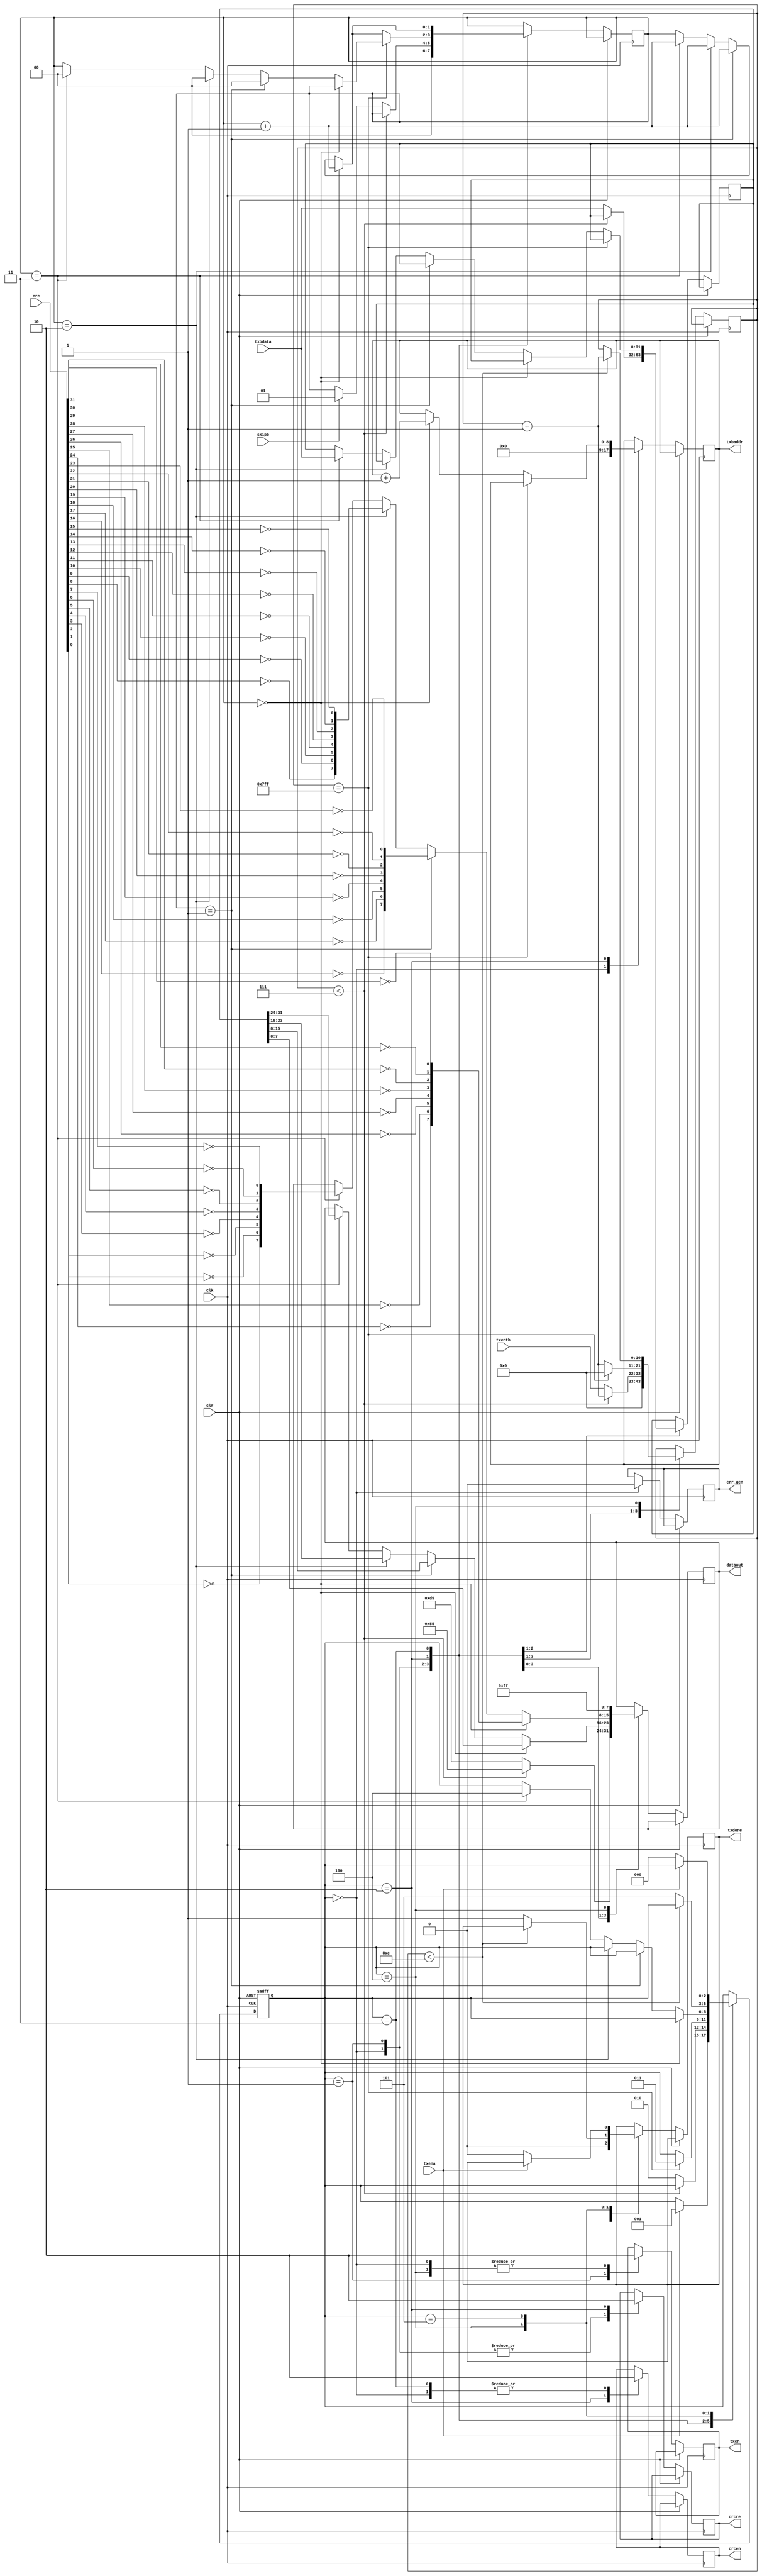
//=================================================================================
//   Ethernet   - RTL8211EG
//---------------------------------------------------------------------------------
//    
//=================================================================================
module ethsend(
   input             clk,        // 
   input             clr,        //  
   input             txena,      //    
   output reg        txdone,     //   
   output reg        txen,       //   
   output reg [7:0]  dataout,    //   
   input      [31:0] crc,        //  CRC
   input      [31:0] txbdata,    //   
   output reg [8:0]  txbaddr,    //    
   input      [10:0] txcntb,     //   
   input             skipb,      //   (H-bit of the "Address Descriptor Bits")
   output reg        crcen,      // C   CRC
   output reg        crcre,      // C  CRC
   output            err_gen     //    ( )
);

reg         txer;
assign err_gen = txer;


reg  [10:0] i;          //  
reg  [31:0] bufdat;     //   
reg  [1:0]  bc;         //  

//    
localparam IDLE		= 3'd0;
localparam SENDPRE	= 3'd1;
localparam SENDDATA	= 3'd2;
localparam SENDCRC	= 3'd3;
localparam TXDELAY	= 3'd4;
localparam WAITDONE	= 3'd5;
reg  [2:0]  tx_state;

// 
initial
   begin
      tx_state <= IDLE;
   end

//  
always@(negedge clk, posedge clr) begin
//always@(negedge clk) begin
   if(clr) tx_state <= IDLE;
   else begin
      case(tx_state)
         IDLE: begin
            txer <= 1'b0;              //   
            txen <= 1'b0;              //    
            crcen <= 1'b0;             //     CRC
            crcre <= 1'b1;             //    CRC
            txbaddr <= 9'o0;           //    
            i <= 11'b0;                //  
            bc <= 2'o0;                //   
            txdone <= 1'b0;            //    
            if(txena == 1'b1) begin
               tx_state <= SENDPRE;
            end
         end
         SENDPRE: begin    //     
            txen<=1'b1;                //    
            crcre<=1'b1;               //  crc
            if(i < 7) begin            // 7  ...
               dataout[7:0] <= 8'h55;  // ... 
               i <= i + 1'b1;
            end
            else begin
               dataout[7:0] <= 8'hD5;  //  
               if(skipb)               //   H-bit, ...
                  bc <= 2'o1;          // ...   .
               i <= txcntb;            //    
               bufdat <= txbdata;      //     
               tx_state <= SENDDATA;   //    
            end
         end
         SENDDATA: begin   //  
            crcen <= 1'b1;             //    CRC
            crcre <= 1'b0;             //    CRC
            if(i == 11'h7FF) begin     //   ?
               i <= 11'h0;             //  -   ...
               tx_state <= SENDCRC;    // ...   
               //    
               if(bc == 2'o0) begin
                  dataout[7:0] <= bufdat[7:0];
               end
               else if(bc == 2'o1) begin
                  dataout[7:0] <= bufdat[15:8];
                  bc <= 2'o0;
               end
               else if(bc == 2'o2) begin
                  dataout[7:0] <= bufdat[23:16];
                  bc <= 2'o0;
               end
               else if(bc == 2'o3) begin
                  dataout[7:0] <= bufdat[31:24];
                  bc <= 2'o0;
               end
            end
            else begin                 //   ...
               i <= i + 1'b1;          // ...   ...
               //    
               if(bc == 2'o0) begin
                  dataout[7:0] <= bufdat[7:0];  // ...    , ...
                  bc <= bc + 1'b1;              // ...   , ...
                  txbaddr <= txbaddr + 1'b1;    // ...   .
               end
               else if(bc == 2'o1) begin
                  dataout[7:0] <= bufdat[15:8];
                  bc <= bc + 1'b1;
               end
               else if(bc == 2'o2) begin
                  dataout[7:0] <= bufdat[23:16];
                  bc <= bc + 1'b1;
               end
               else if(bc == 2'o3) begin
                  dataout[7:0] <= bufdat[31:24];
                  bc <= bc + 1'b1;              // ...   , ...
                  bufdat <= txbdata;            // ..     .
               end
            end
         end
         SENDCRC: begin    //    (CRC)
            crcen <= 1'b0;
            if(bc == 2'o0)	begin
               dataout[7:0] <= {~crc[24], ~crc[25], ~crc[26], ~crc[27], ~crc[28], ~crc[29], ~crc[30], ~crc[31]};
               bc <= bc + 1'b1;
            end
            else if(bc == 2'o1) begin
               dataout[7:0] <= {~crc[16], ~crc[17], ~crc[18], ~crc[19], ~crc[20], ~crc[21], ~crc[22], ~crc[23]};
               bc <= bc + 1'b1;
            end
            else if(bc == 2'o2) begin
               dataout[7:0] <= {~crc[8], ~crc[9], ~crc[10], ~crc[11], ~crc[12], ~crc[13], ~crc[14], ~crc[15]};
               bc <= bc + 1'b1;
            end
            else if(bc == 2'o3) begin
               dataout[7:0] <= {~crc[0], ~crc[1], ~crc[2], ~crc[3], ~crc[4], ~crc[5], ~crc[6], ~crc[7]};
               bc <= bc + 1'b1;
               tx_state <= TXDELAY;
            end
         end
         TXDELAY: begin    //  12      
            txen <= 1'b0;              //    
            dataout <= 8'hFF;          // 
            if(i < 11'd12) i <= i + 1'b1; //  12 
            else begin
               txdone <= 1'b1;         // 
               tx_state <= WAITDONE;   // ...     
            end
         end
         WAITDONE: begin   //    
            if(txena == 1'b0) begin    //   ?
               txdone <= 1'b0;         //  -    ...
               tx_state <= IDLE;       // ...     
            end
         end
      endcase
   end
end

endmodule